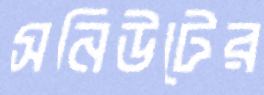
সনিউটের